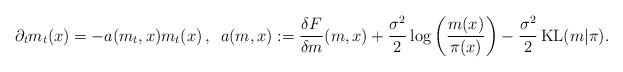
LaTeX: \begin{align*}\partial_t m_t(x) = - a(m_t,x) m_t(x)\,,\,\,\, a(m,x):=\frac{\delta F}{\delta m} (m,x) + \frac{\sigma^2}{2} \log \left( \frac{m(x)}{\pi(x)}\right) - \frac{\sigma^2}{2} \operatorname{KL}(m|\pi).\end{align*}